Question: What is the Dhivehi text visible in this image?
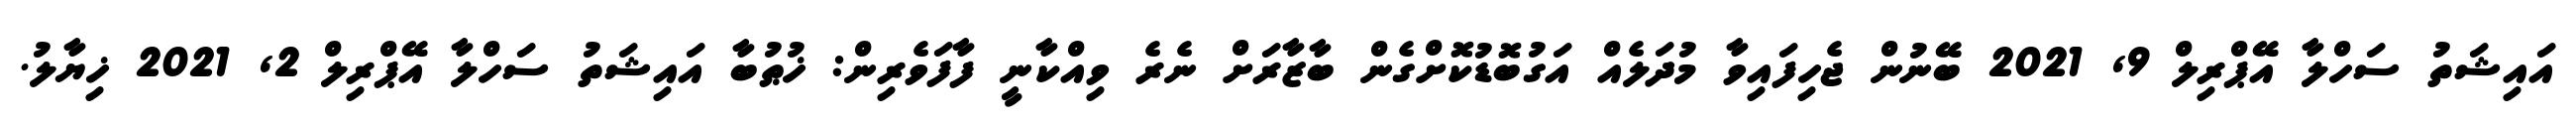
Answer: އައިޝަތު ސަހްލާ އޭޕްރިލް 9, 2021 ބޭނުން ޖެހިފައިވާ މުދަލެއް އަގުބޮޑުކޮށްގެން ބާޒާރަށް ނެރެ ވިއްކާނީ ފާފަވެރިން: ޚުޠުބާ އައިޝަތު ސަހްލާ އޭޕްރިލް 2, 2021 ޚިޔާލު.